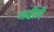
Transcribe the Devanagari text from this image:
मदीयें